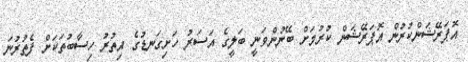
އޮޕަރޭޝަންކުރުން އޮޕަރޭޝަން ކުރުމަށް ބޭނުންވަނީ ބަލީގެ އަސަރު ހަށިގަނޑުގެ އިތުރު ހިސާބުތަކަށް ފެތުރުނަ